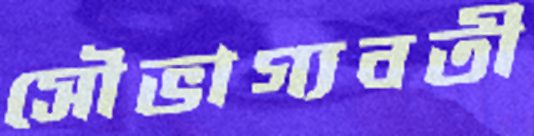
সৌভাগ্যবতী